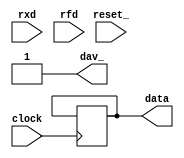
module RX(
    rxd, 
    clock, reset_, 
    data, rfd, dav_
);
    input rxd;
    input clock, reset_;
    input rfd;
    output dav_;

    reg DAV_; assign dav_ = DAV_;

    parameter N = 8; // Transmission length
    parameter K = 16; // T_bit / T_clock
    
    output [N-1:0] data;
    
    reg [N-1:0] DATA; assign data = DATA;


    reg[3:0] COUNT;
    reg[4:0] WAIT;
    
    reg[2:0] STAR; 
    localparam S0 = 0, WaitStart = 1, DataIn = 2, WaitEnd = 3, S4 = 4, S5 = 5;
    localparam start_bit = 1'B0;

    always @(reset_==0) #1 begin 
        DAV_ <= 1; 
        STAR <= S0; 
    end

    always @(posedge clock) if (reset_ == 1) #3
        casex(STAR)
            S0: begin
                COUNT <= N; // bytes we expect
                WAIT <= (K * 3 / 2 - 1); // Wait 1.5 * T_bit
                STAR <= (rxd == start_bit) ? WaitStart : S0; 
            end

            WaitStart: begin
                WAIT <= WAIT - 1; 
                STAR <= (WAIT == 1) ? DataIn : WaitStart; 
            end

            DataIn: begin
                DATA <= {rxd, DATA[N-1:1]}; // Insert from left to right
                COUNT <= COUNT - 1;
                WAIT <= K - 1; 
                STAR <= (COUNT == 1) ? WaitEnd : WaitStart; 
            end

            WaitEnd: begin
                WAIT <= WAIT - 1; // Stopping bit (last) waiting
                STAR <= (WAIT == 1) ? S4 : WaitEnd; 
            end

            S4: begin
                DAV_ <= 0;
                STAR <= (rfd == 0) ? S5 : S4;                
            end

            S5: begin
                DAV_ <= 1;
                STAR <= (rfd == 1) ? S0 : S5;
            end
        endcase
endmodule